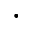
\bullet